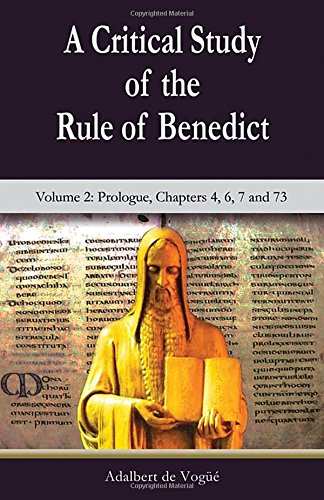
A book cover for A Critical Study of the Rule of Benedict: Volume 2 (Theology and Faith); Adalbert de VogÃ¼Ã©; Christian Books & Bibles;